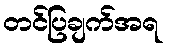
တင်ပြချက်အရ